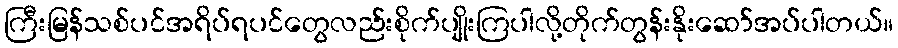
ကြီးမြန်သစ်ပင်အရိပ်ရပင်တွေလည်းစိုက်ပျိုးကြပါလို့တိုက်တွန်းနိုးဆော်အပ်ပါတယ်။